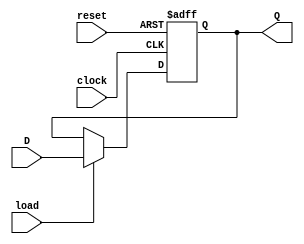
module RegisterNbit(Q, D, load, reset, clock);
	/*
		Created by David Russo
		Last Edited 4/21/18 (Comments only)
		
		RegisterNbit:
		- is instantiated in the Register File 31 times
		- is instantiated in the Datapath as a 4-bit status_reg
		- is instantiated in the Program Counter (64-bit PC_reg)
		- Loads on the positive edge clock
		- Asynchronous positive edge reset
		- The load signal determines whether the value stored in the register updates or not
	*/
	
	parameter N = 64; // Default parameter of module
	
	// inputs and outputs	
	input load;  // Positive logic: 1 is active, 0 is inactive
	input reset; // asynchonous positive logic reset
	input clock; // Positive edge
	input [N-1:0]D; // data input of size N
	output reg [N-1:0]Q;
	
	// implementation
	always @(posedge clock or posedge reset) begin
		if(reset)
			Q <= 0;
		else if(load)
			Q <= D;
		else
			Q <= Q;
	end
	
endmodule